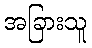
အခြားသူ